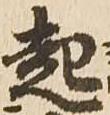
起